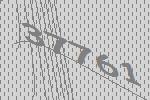
37761